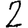
Digit: 2